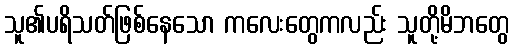
သူ၏ပရိသတ်ဖြစ်နေသော ကလေးတွေကလည်း သူတို့မိဘတွေ